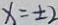
x = \pm 2